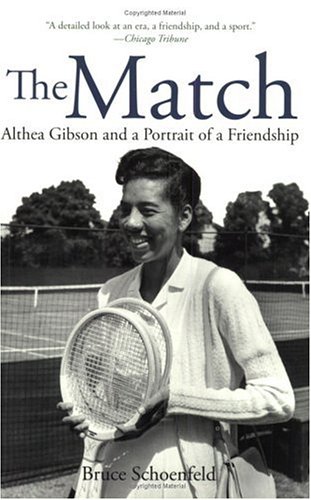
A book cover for The Match: Althea Gibson and a Portrait of a Friendship; Bruce Schoenfeld; Sports & Outdoors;